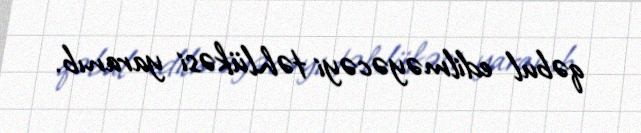
qəbul edilməyəcəyi təhlükəsi yaranıb.